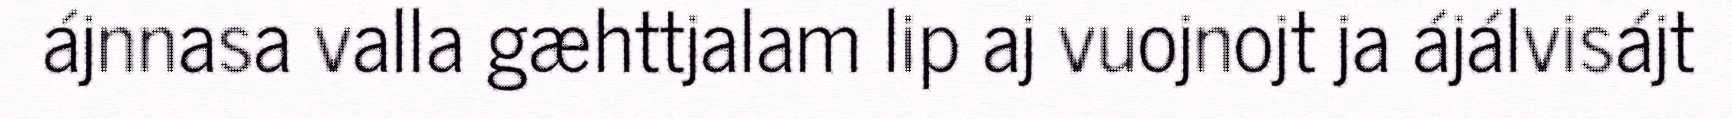
ájnnasa valla gæhttjalam lip aj vuojnojt ja ájálvisájt